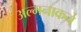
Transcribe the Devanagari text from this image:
अल्मनाकने